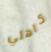
كاهلي